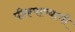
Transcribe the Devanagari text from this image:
पीकपाण्याची